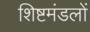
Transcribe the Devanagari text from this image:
शिष्टमंडलों